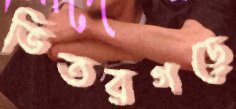
ভিতরগড়ে